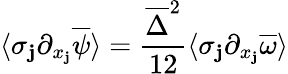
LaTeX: \langle\sigma_{\mathbf{j}}\partial_{x_{\mathbf{j}}}\overline{{{\psi}}}\rangle=\frac{{\overline{{{\Delta}}}^{2}}}{{12}}\langle\sigma_{\mathbf{j}}\partial_{x_{\mathbf{j}}}\overline{{{\omega}}}\rangle